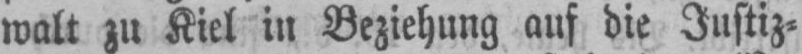
walt zu Kiel in Beziehung auf die Justiz⸗